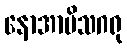
နောအာမိသဂရု